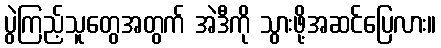
ပွဲကြည့်သူတွေအတွက် အဲဒီကို သွားဖို့အဆင်ပြေလား။